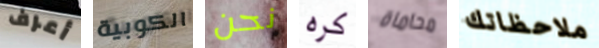
أعرف الكوبية نحن كره محاماة ملاحظاتك